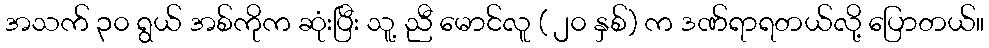
အသက် ၃၀ ရွယ် အစ်ကိုက ဆုံးပြီး သူ့ ညီ မောင်လူ ( ၂၀ နှစ်) က ဒဏ်ရာရတယ်လို့ ပြောတယ်။